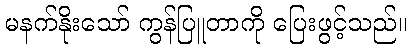
မနက်နိုးသော် ကွန်ပြူတာကို ပြေးဖွင့်သည်။